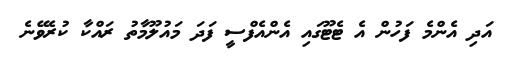
އަދި އެންމެ ފަހުން އެ ޓެޓޫގައި އެންއެފްސީ ފަދަ މައުލޫމާތު ރައްކާ ކުރެވޭނެ